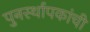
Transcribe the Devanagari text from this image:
पुनर्स्थापकांची